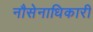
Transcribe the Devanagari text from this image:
नौसेनाधिकारी